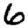
Digit: 6